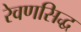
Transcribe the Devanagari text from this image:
रेवणसिद्ध